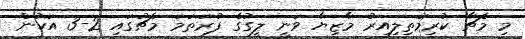
މި މެޗާ ކުރިމަތިލިއިރު މާޒިޔާ ވަނީ ލީގުގެ ފުރަތަމަ މެޗުގައި 2-3 އަކުން